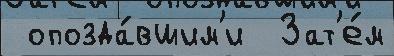
 опозда́вшим'и  Зат'е́м